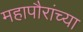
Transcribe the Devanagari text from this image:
महापौरांच्या